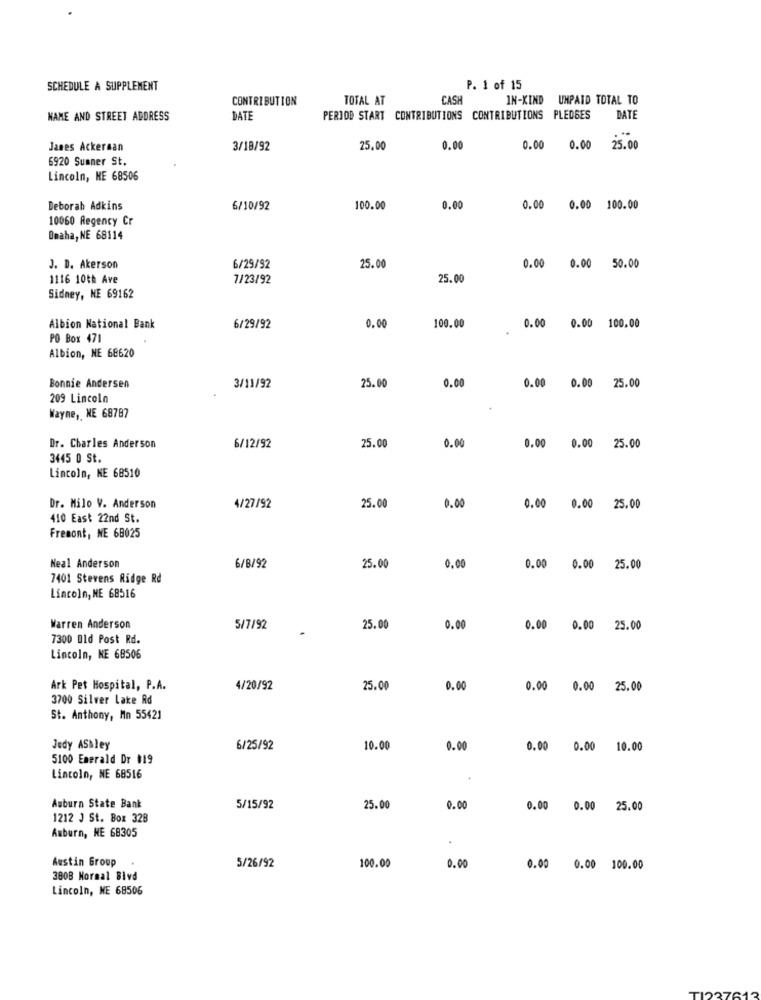
SCHEDULE A SUPPLEMENT
P. 1 of 15
CONTRIBUTION
TOTAL AT
CASH
IN-KIND UNPAID TOTAL TO
NAME AND STREET ADDRESS
DATE
PERIOD START CONTRIBUTIONS CONTRIBUTIONS PLEDGES
DATE
Janes Ackerman
3/18/92
25,00
0.00
0.00
0.00
25.00
6920 Sumner St.
Lincoln, HE 68506
Deborah Adkins
6/10/92
100.00
0.00
0.00
0.00
100.00
10060 Regency Cr
Omaha, NE 68114
J. D. Akerson
6/29/92
25.00
0.00 0.00 50.00
1116 10th Ave
7/23/92
25.00
Sidney, NE 69162
Albion National Bank
6/29/92
0.00
100.00
0.00 0.00 100.00
PO Box 471
Albion, NE 68620
0.00
Bonnie Andersen
3/11/92
25.00
0.00 0.00 25.00
209 Lincoln
Wayne, NE 68787
Dr. Charles Anderson
6/12/92
25.00
0.00
0.00 0.00 25.00
3445 0 St.
Lincoln, NE 68510
Dr. Milo V. Anderson
4/27/92
25.00
0.00
0.00 0.00 25.00
410 East 22nd St.
Fremont, NE 68025
Neal Anderson
6/8/92
25.00
0.00
0.00 0.00 25.00
7401 Stevens Ridge Rd
Lincoln, NE 68516
Warren Anderson
5/7/92
25.00
0.00
0.00 0.00 25.00
7300 Old Post Rd.
Lincoln, NE 68506
Ark Pet Hospital, P.A.
4/20/92
25.00
0.00
0.00 0.00 25.00
3700 Silver Lake Ad
St. Anthony, Mn 55421
Jedy AShley
6/25/92
10.00
0.0
0.00 0.00 10.00
5100 Emerald Dr #19
Lincoln, NE 68516
Auburn State Bank
5/15/92
25.00
0.00
0.00 0.00 25.00
1212 J St. Box 328
Auburn, NE 68305
Austin Group
5/26/92
100.00
0.00
0.00 0.00 100.00
3008 Normal Blvd
Lincoln, ME 68506